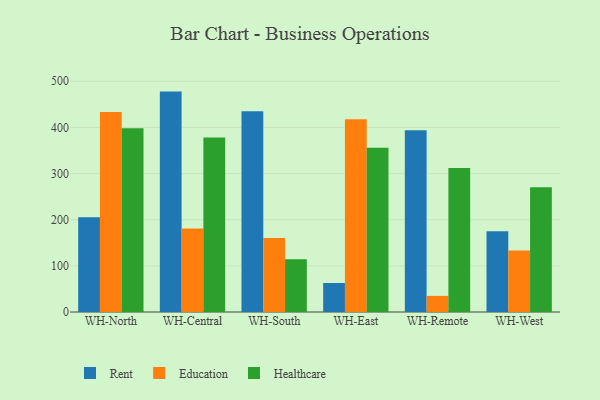
{"axis": {"x": "Warehouse", "y": "Latency (ms)"}, "legend": ["Education", "Healthcare", "Rent"], "data": [{"x": "WH-North", "y": 205.2, "type": "Rent"}, {"x": "WH-North", "y": 433.6, "type": "Education"}, {"x": "WH-North", "y": 398.0, "type": "Healthcare"}, {"x": "WH-Central", "y": 477.6, "type": "Rent"}, {"x": "WH-Central", "y": 180.9, "type": "Education"}, {"x": "WH-Central", "y": 378.3, "type": "Healthcare"}, {"x": "WH-South", "y": 435.2, "type": "Rent"}, {"x": "WH-South", "y": 160.1, "type": "Education"}, {"x": "WH-South", "y": 114.1, "type": "Healthcare"}, {"x": "WH-East", "y": 62.8, "type": "Rent"}, {"x": "WH-East", "y": 417.6, "type": "Education"}, {"x": "WH-East", "y": 356.0, "type": "Healthcare"}, {"x": "WH-Remote", "y": 394.1, "type": "Rent"}, {"x": "WH-Remote", "y": 34.9, "type": "Education"}, {"x": "WH-Remote", "y": 312.3, "type": "Healthcare"}, {"x": "WH-West", "y": 175.2, "type": "Rent"}, {"x": "WH-West", "y": 133.2, "type": "Education"}, {"x": "WH-West", "y": 270.5, "type": "Healthcare"}]}